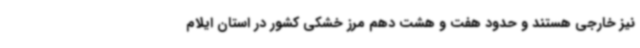
نیز خارجی هستند و حدود هفت و هشت دهم مرز خشکی کشور در استان ایلام